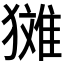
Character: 𪻉